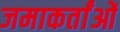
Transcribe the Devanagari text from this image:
जमाकर्तांओं